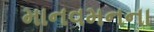
માનવમનના